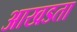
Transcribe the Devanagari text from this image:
आखडता